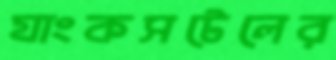
যাংকসটেলের